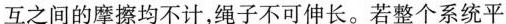
互之间的摩擦均不计，绳子不可伸长。若整个系统平